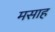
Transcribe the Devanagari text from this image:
मसाह